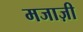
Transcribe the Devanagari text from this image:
मजाज़ी